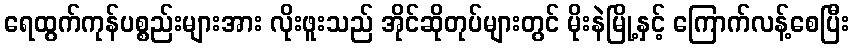
ရေထွက်ကုန်ပစ္စည်းများအား လိုးဖူးသည် အိုင်ဆိုတုပ်များတွင် မိုးနဲမြို့နှင့် ကြောက်လန့်စေပြီး